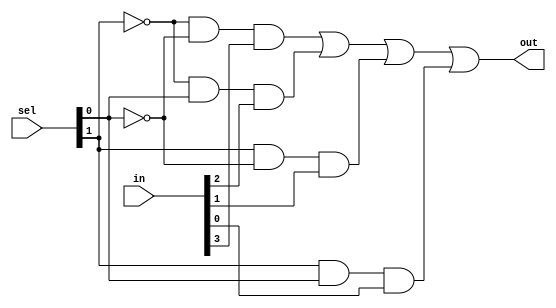
module mux4to1_gate (out,in,sel);
    input [0:3] in;
    input [0:1] sel;
    output out;
    wire [0:1] nsel;
    wire a,b,c,d;
    not(nsel[0],sel[0]);
    not(nsel[1],sel[1]);
    and(a,nsel[0],nsel[1],in[0]);
    and(b,nsel[0],sel[1],in[1]);
    and(c,sel[0],nsel[1],in[2]);
    and(d,sel[0],sel[1],in[3]);
    or(out,a,b,c,d);
endmodule